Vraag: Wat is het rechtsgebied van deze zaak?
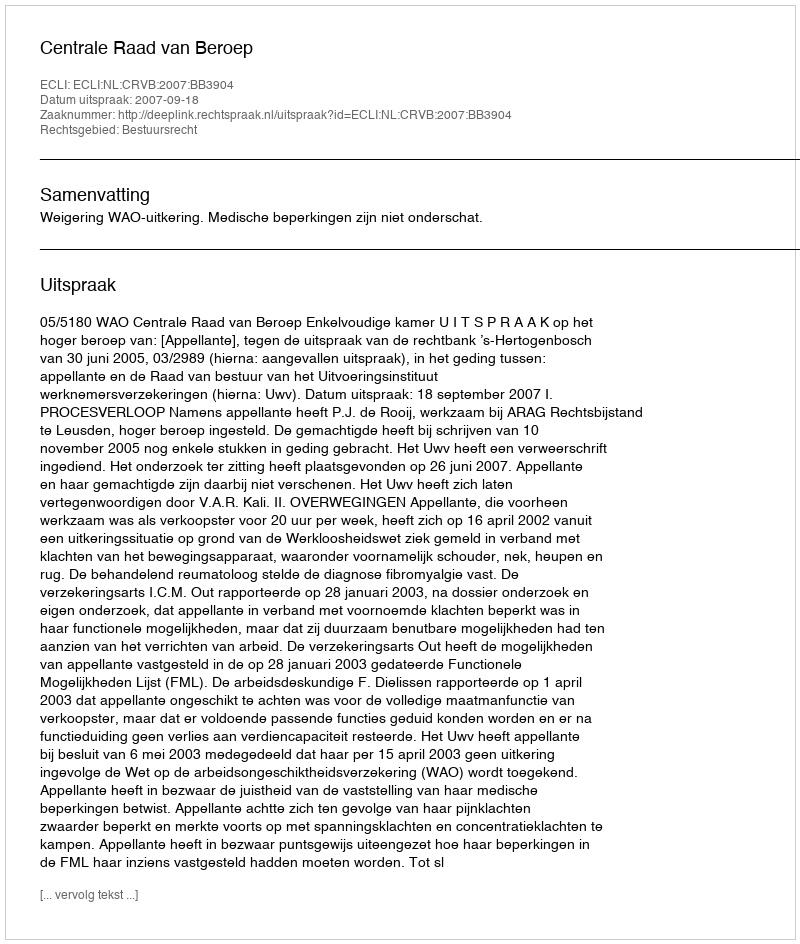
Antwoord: Bestuursrecht